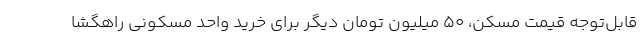
قابل‌توجه قیمت مسکن، ۵۰ میلیون تومان دیگر برای خرید واحد مسکونی راهگشا